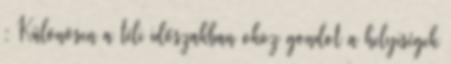
: Különösen a téli időszakban okoz gondot a helyiségek